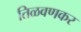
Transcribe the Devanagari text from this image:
तिळवणकर